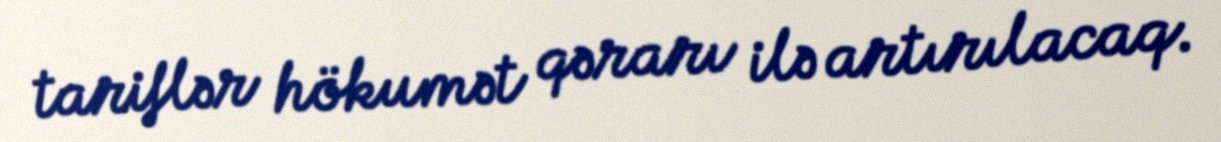
tariflər hökumət qərarı ilə artırılacaq.